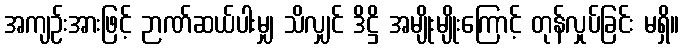
အကျဉ်းအားဖြင့် ဉာဏ်ဆယ်ပါးမျှ သိလျှင် ဒိဋ္ဌိ အမျိုးမျိုးကြောင့် တုန်လှုပ်ခြင်း မရှိ။